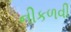
નીકળવી